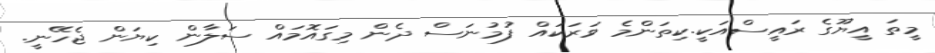
މީތަ އީޔޫގެ ރައީސްއަކީ.ކިތަންމެ ވަރަކައް ފުމުނަސް ދެން މިގައޮމައް ސަލާން ކިޔަން ޖެހޭނީ.